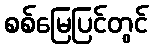
စစ်မြေပြင်တွင်